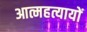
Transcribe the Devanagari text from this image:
आत्महत्यायों